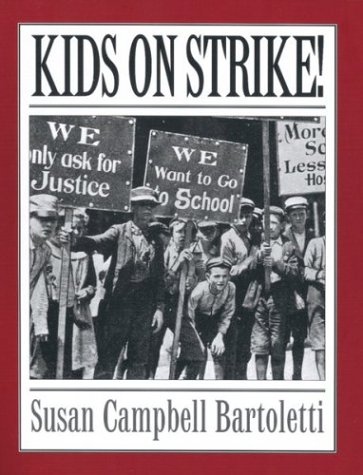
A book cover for Kids On Strike!; Susan Campbell Bartoletti; Children's Books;